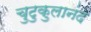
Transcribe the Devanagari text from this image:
चुटुकुलानंद